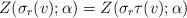
LaTeX: \begin{align*}Z(\sigma_{r}(v);\alpha)=Z(\sigma_{r}\tau(v);\alpha)\end{align*}